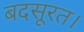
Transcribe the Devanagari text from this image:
बदसूरत।